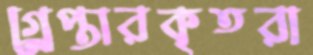
গ্র্রেপ্তারকৃতরা